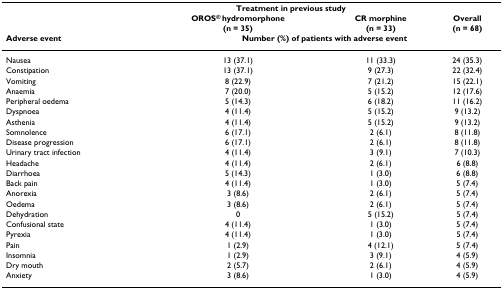
|  | <COLSPAN=2> Treatment in previous study |  |
 |  | OROS® hydromorphone(n = 35) | CR morphine(n = 33) | Overall(n = 68) |
 | Adverse event | <COLSPAN=3> Number (%) of patients with adverse event |
 | --- | --- | --- | --- |
 | Nausea | 13 (37.1) | 11 (33.3) | 24 (35.3) |
 | Constipation | 13 (37.1) | 9 (27.3) | 22 (32.4) |
 | Vomiting | 8 (22.9) | 7 (21.2) | 15 (22.1) |
 | Anaemia | 7 (20.0) | 5 (15.2) | 12 (17.6) |
 | Peripheral oedema | 5 (14.3) | 6 (18.2) | 11 (16.2) |
 | Dyspnoea | 4 (11.4) | 5 (15.2) | 9 (13.2) |
 | Asthenia | 4 (11.4) | 5 (15.2) | 9 (13.2) |
 | Somnolence | 6 (17.1) | 2 (6.1) | 8 (11.8) |
 | Disease progression | 6 (17.1) | 2 (6.1) | 8 (11.8) |
 | Urinary tract infection | 4 (11.4) | 3 (9.1) | 7 (10.3) |
 | Headache | 4 (11.4) | 2 (6.1) | 6 (8.8) |
 | Diarrhoea | 5 (14.3) | 1 (3.0) | 6 (8.8) |
 | Back pain | 4 (11.4) | 1 (3.0) | 5 (7.4) |
 | Anorexia | 3 (8.6) | 2 (6.1) | 5 (7.4) |
 | Oedema | 3 (8.6) | 2 (6.1) | 5 (7.4) |
 | Dehydration | 0 | 5 (15.2) | 5 (7.4) |
 | Confusional state | 4 (11.4) | 1 (3.0) | 5 (7.4) |
 | Pyrexia | 4 (11.4) | 1 (3.0) | 5 (7.4) |
 | Pain | 1 (2.9) | 4 (12.1) | 5 (7.4) |
 | Insomnia | 1 (2.9) | 3 (9.1) | 4 (5.9) |
 | Dry mouth | 2 (5.7) | 2 (6.1) | 4 (5.9) |
 | Anxiety | 3 (8.6) | 1 (3.0) | 4 (5.9) |